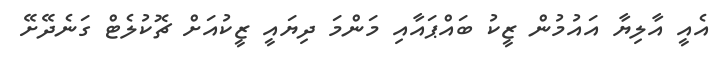
އެއީ އާލިޔާ އައުމުން ޒީކު ބައްޕައާއި މަންމަ ދިޔައީ ޒީކުއަށް ޗޮކުލެޓް ގަނެދޭށޭ